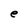
Character: e